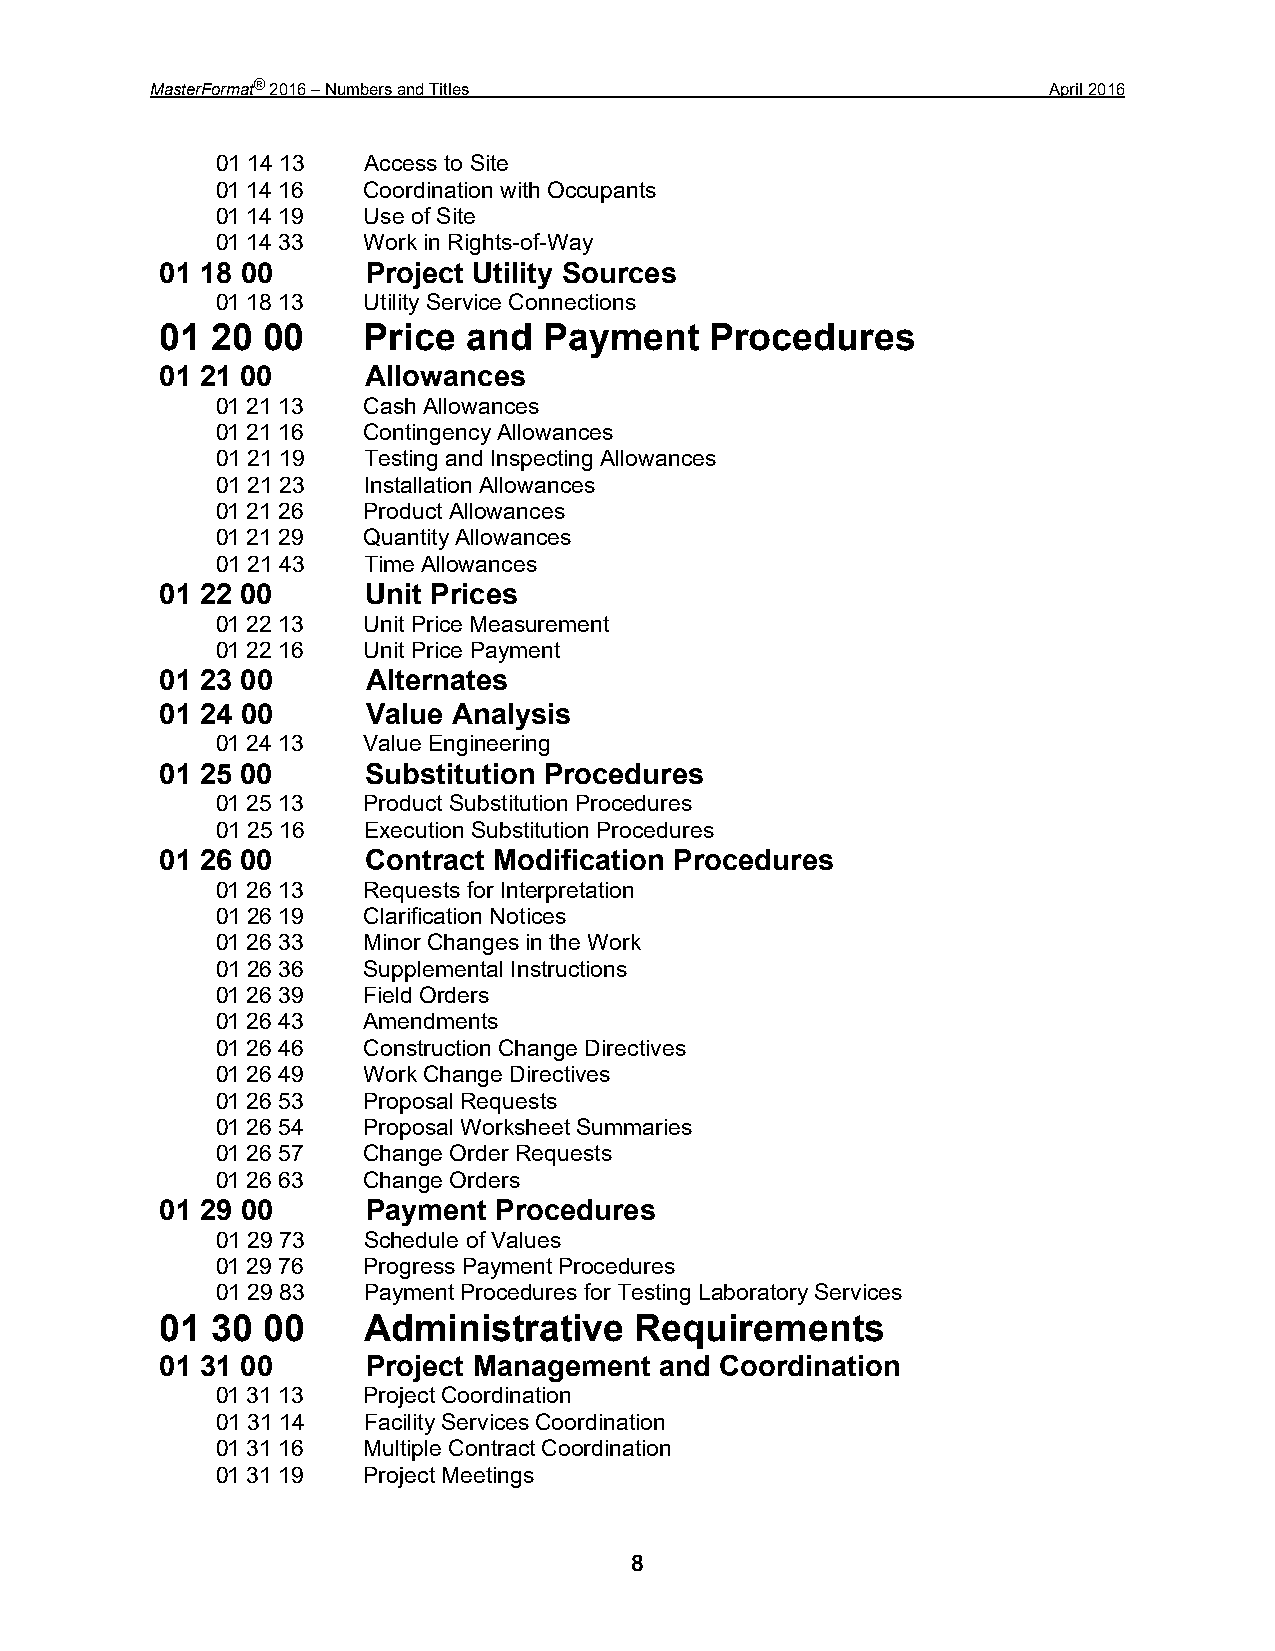
MasterFormat® 2016 – Numbers and Titles                     April 2016
 01 14 13  Access to Site
 01 14 16  Coordination with Occupants
 01 14 19  Use of Site
 01 14 33  Work in Rights-of-Way
 01 18 00     Project Utility Sources
 01 18 13  Utility Service Connections
 01 20 00     Price  and  Payment    Procedures
 01 21 00     Allowances
 01 21 13  Cash Allowances
 01 21 16  Contingency Allowances
 01 21 19  Testing and Inspecting Allowances
 01 21 23  Installation Allowances
 01 21 26  Product Allowances
 01 21 29  Quantity Allowances
 01 21 43  Time Allowances
 01 22 00     Unit Prices
 01 22 13  Unit Price Measurement
 01 22 16  Unit Price Payment
 01 23 00     Alternates
 01 24 00     Value Analysis
 01 24 13  Value Engineering
 01 25 00     Substitution Procedures
 01 25 13  Product Substitution Procedures
 01 25 16  Execution Substitution Procedures
 01 26 00     Contract Modification Procedures
 01 26 13  Requests for Interpretation
 01 26 19  Clarification Notices
 01 26 33  Minor Changes in the Work
 01 26 36  Supplemental Instructions
 01 26 39  Field Orders
 01 26 43  Amendments
 01 26 46  Construction Change Directives
 01 26 49  Work Change Directives
 01 26 53  Proposal Requests
 01 26 54  Proposal Worksheet Summaries
 01 26 57  Change Order Requests
 01 26 63  Change Orders
 01 29 00     Payment  Procedures
 01 29 73  Schedule of Values
 01 29 76  Progress Payment Procedures
 01 29 83  Payment Procedures for Testing Laboratory Services
 01 30 00     Administrative    Requirements
 01 31 00     Project Management  and Coordination
 01 31 13  Project Coordination
 01 31 14  Facility Services Coordination
 01 31 16  Multiple Contract Coordination
 01 31 19  Project Meetings
 8